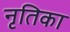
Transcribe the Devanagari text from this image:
नृतिका